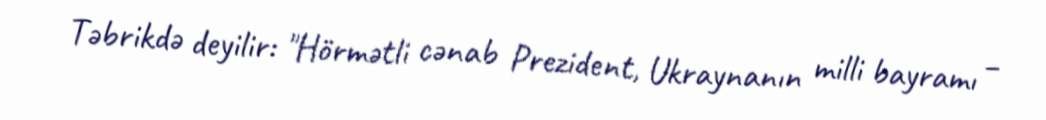
Təbrikdə deyilir: "Hörmətli cənab Prezident, Ukraynanın milli bayramı –